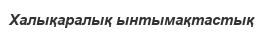
Халықаралық ынтымақтастық